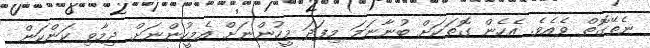
ނެތޭގޮތް ވެއެވެ. އެހެން ގޮތަކަށް ބުނާނަމަ މިފަދަ މީހުންނަށް އެމީހުންނަށް ދިމާވި ކަންކަން